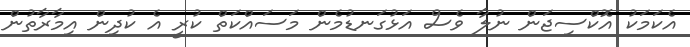
އެކަމަކު އޮކްސިޖަން ނުލާ ވެސް އަޅުގަނޑުމެން މަސައްކަތް ކުރީ އެ ކުދިން އިމާރާތުން